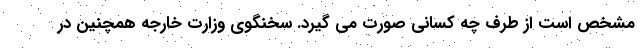
مشخص است از طرف چه کسانی صورت می گیرد. سخنگوی وزارت خارجه همچنین در